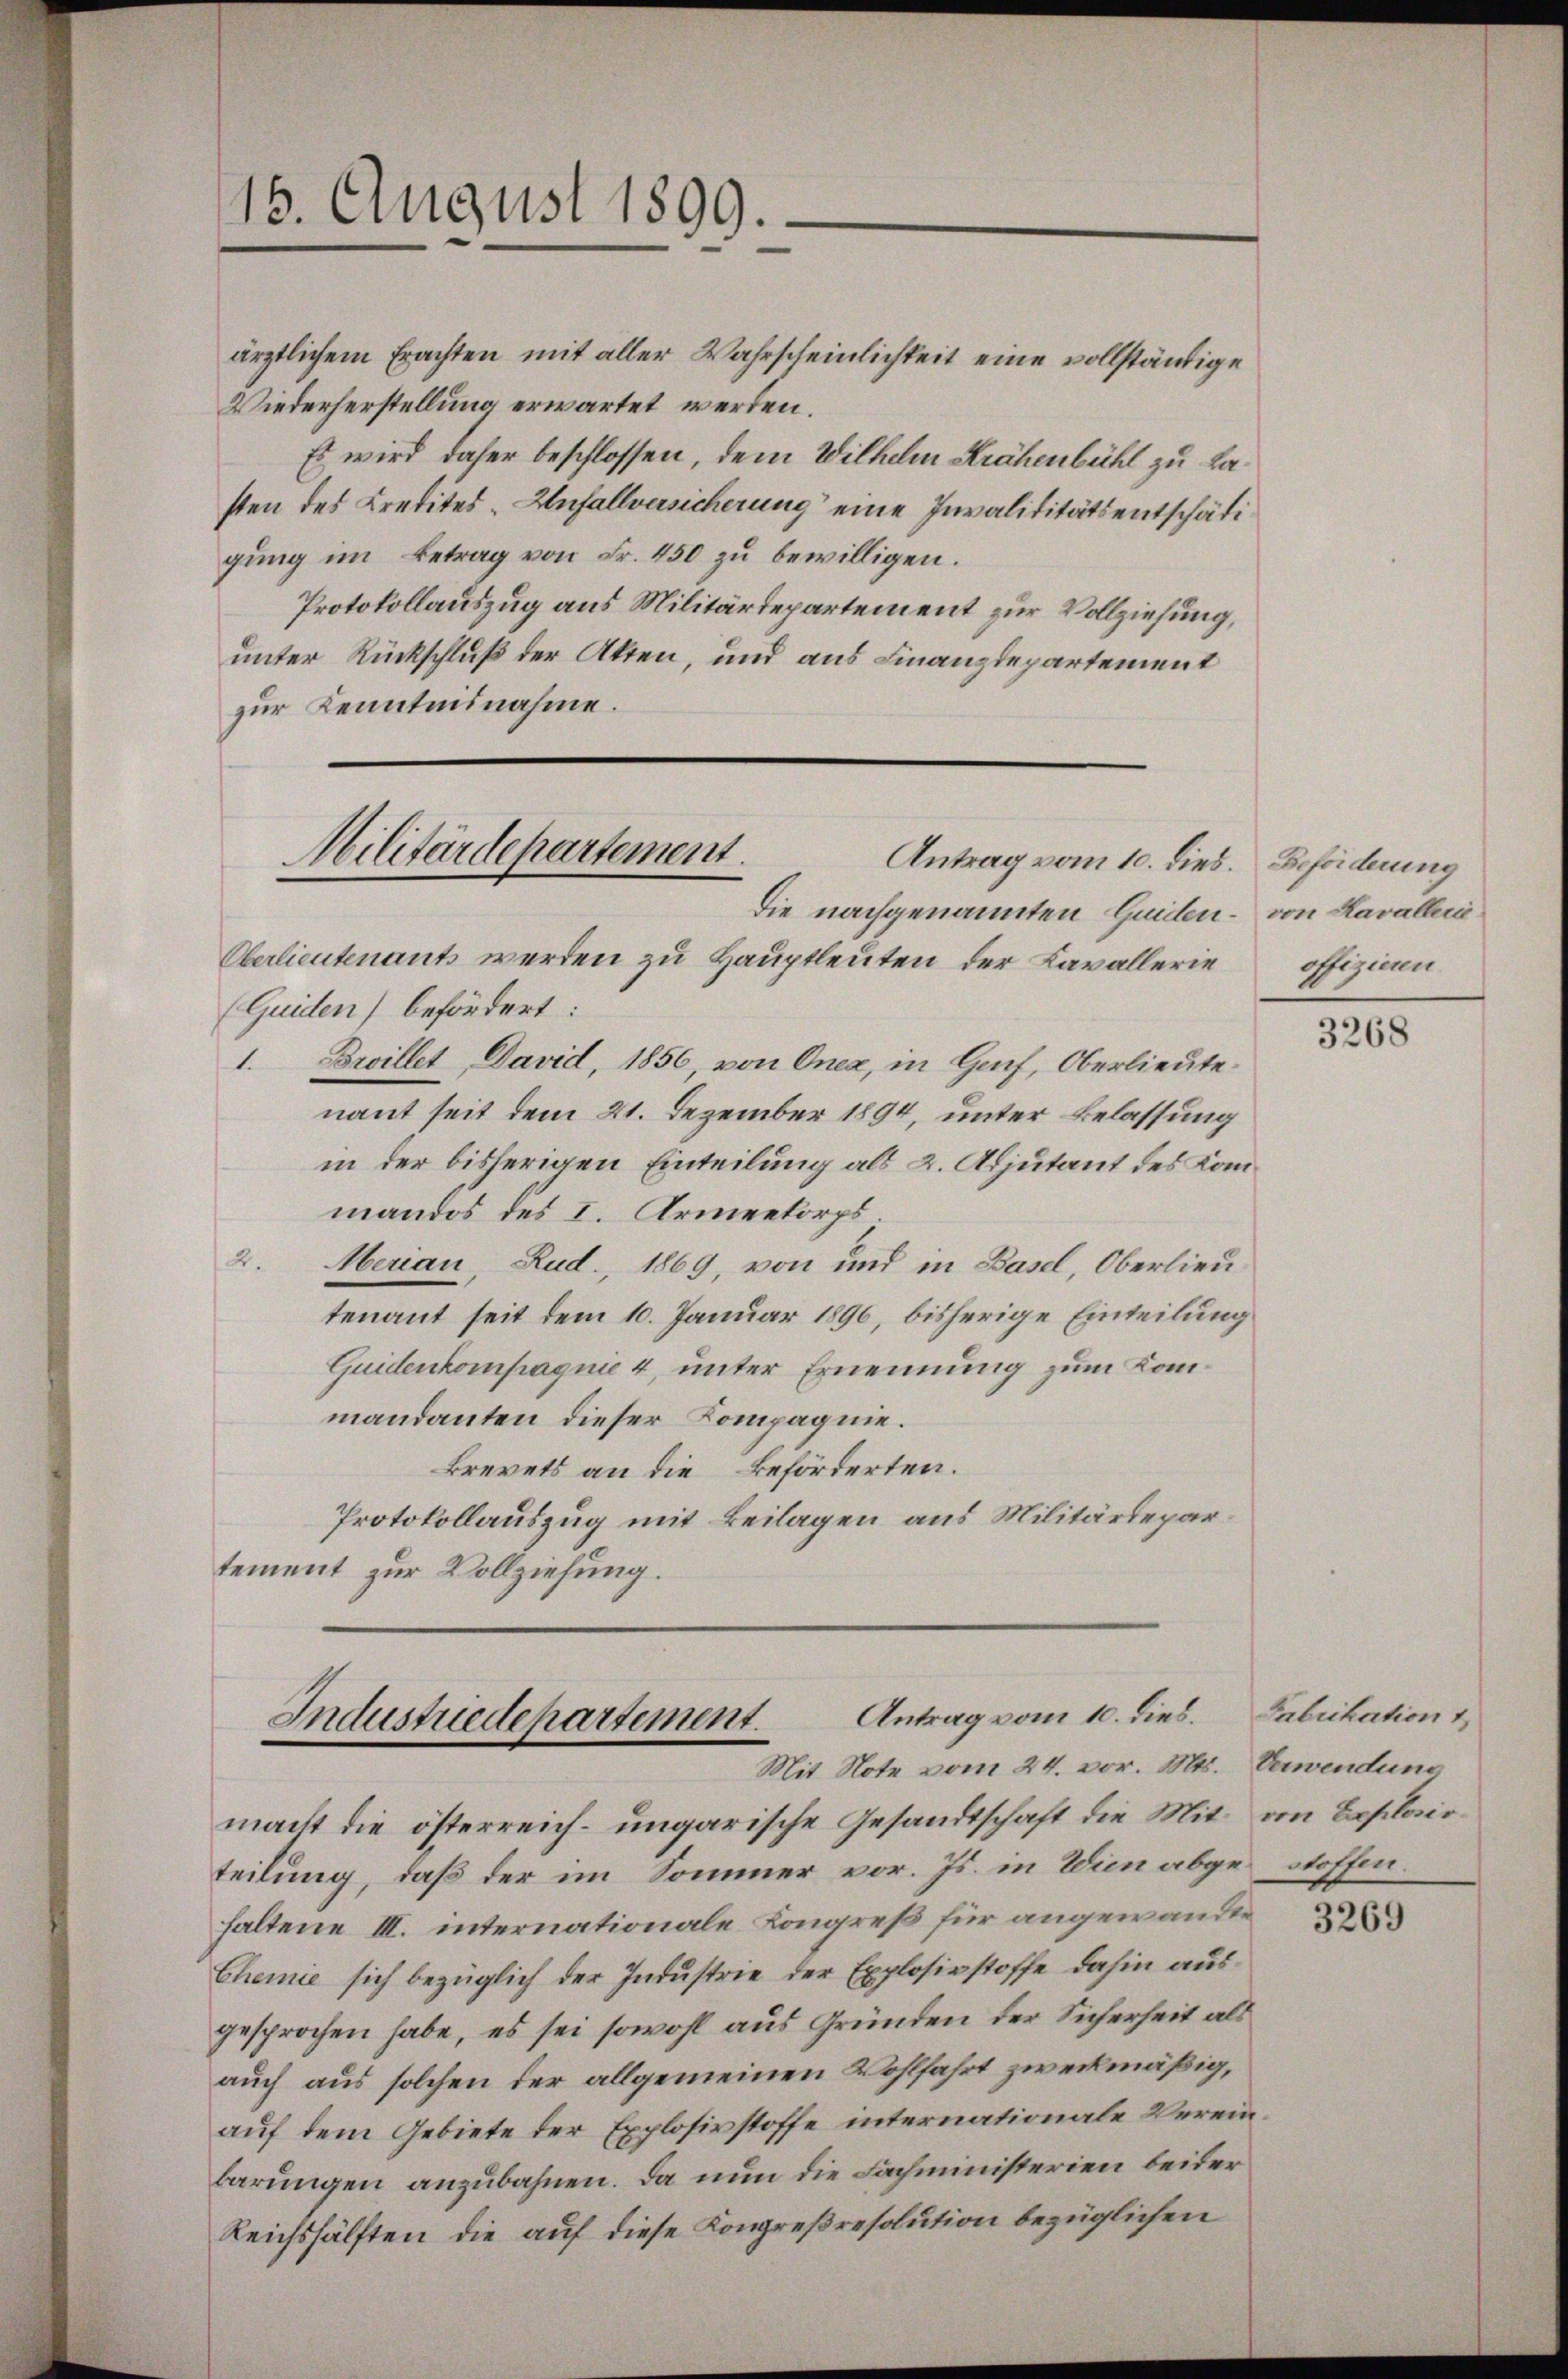
ärztlichem Erachten mit aller Wahrscheinlichkeit eine vollständige
Wiederherstellung erwartet werden.
Es wird daher beschlossen, dem Wilhelm Krähenbühl zu Lasten des Kredites - Anfallversicherung eine Invaliditätsentschädigung im Betrag von Fr. 450 zu bewilligen.
Protokollauszug aus Militärdepartement zur Vollziehung,
unter Rückschluß der Akten, und aus Finanzdepartement
zur Kenntnisnahme.

16. August 1899.

Die nachgenannten Guiden - von Kavalleri¬
Oberlieutenants werden zu Hauptleuten der Cavallerie
(Quiden) befördert:
1. Broillet David, 1856, von Onex, in Genf, Oberlieutenant seit dem 21. Dezember 1894, unter Belassung
in der bisherigen Einteilung als 2. Adjutant des Kanmandos des I. Armeekorps.
2. Merian, Rud., 1869, von und in Basel, Oberlieutenant seit dem 10. Januar 1896, bisherige Einteilung
Quidenkompagnie 4, unter Ernennung zum Kommandanten dieser Kompagnie.
Brevets an die Beförderten.
Protokollauszug mit Beilagen aus Militärdepartement zur Vollziehung.

Militärdepartement.
Antrag vom 10. dies. Beförderung

Antrag vom 10. dies.
Industriedepartement.
Mit Note vom 24. vor. Mts. Verwendung

macht die österreich-ungarische Gesandtschaft die Mit an Beplairteilung, daß der im Sommer vor. Js. in Wien abgestoffen.
haltene III. internationale Kongreß für angewandte
Chemie sich bezüglich der Industrie der Explosivstoffe dahin ausgesprochen habe, es sei sowohl aus Gründen der Sicherheit als
auch aus solchen der allgemeinen Wohlfahrt zweckmäßig,
auf dem Gebiete der Explosivstoffe internationale Vereinbarungen anzubahnen. Da nun die Fachministerien beider
Reichshälften die auf diese Kongreßresolution bezüglichen

offizieren.

3268

Fabrikation

3269